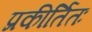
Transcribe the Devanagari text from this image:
प्रकीर्तितः